Vaccination in Bombay 1924-1928 - 1924-1928
Year: 1924
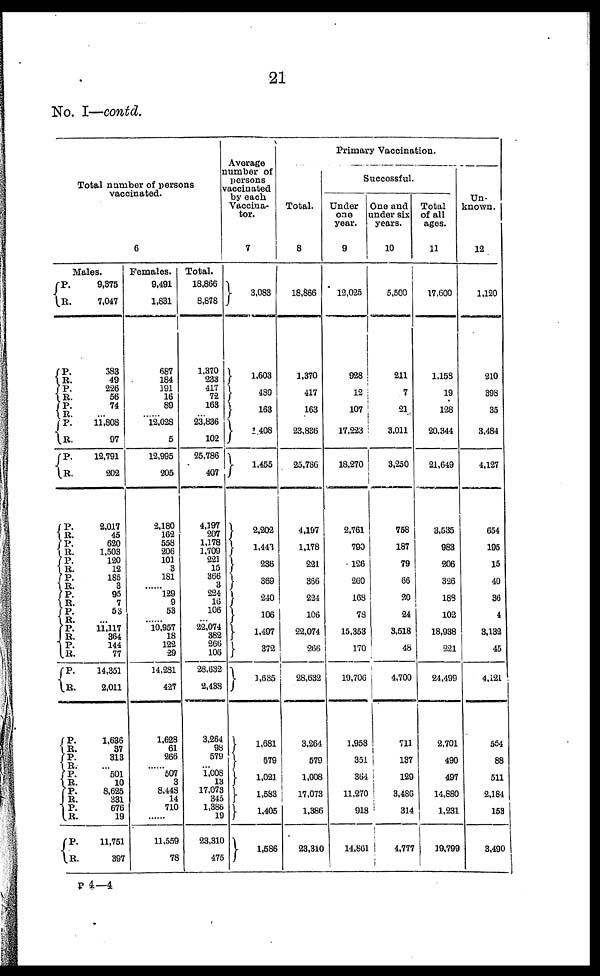
21
No. I—contd.
Total number of persons
vaccinated.
6
Males.
P.
R.
P.
R.
P.
R.
P.
R.
P.
R.
P.
R.
P.
R.
P.
R.
P.
R.
P.
R.
P.
R.
P.
R.
P.
R.
P.
R.
P.
R.
P.
R.
P.
R.
P.
R.
P.
R.
P.
R.
P.
R.
9,375
7,047
383
49
226
56
74
... 11,808
97
12,791
202
2,017
45
620
1,503
120
12
185
3
95
7
53
... 11,117
364
144
77
14,351
2,011
1,636
37
313
...
501
10
8,625
331
676
19
11,751
397
Females.
9,491
1,831
687
184
191
16
89
... 12,028
5
12,995
205
2,180
162
558
206
101
3
181
...... 129
9
53
...... 10,957
18
122
29
14,281
427
1,628
61
266
...... 507
3
8,448
14
710
......
11,559
78
Total.
18,866
8,878
1,370
233
417
72
163
... 23,836
102
25,786
407
4,197
207
1,178
1,709
221
15
366
3
224
16
106
... 22,074
382
266
106
28,632
2,438
3,264
98
579
... 1,008
13
17,073
345
1,386
19
23,310
475
Average
number of
persons
vaccinated
by each
Vaccina-
tor.
7
3,083
1,603
489
163
1,408
1,455
2,202
1,443
236
369
240
106
1,497
372
1,635
1,681
579
1,021
1,583
1,405
1,586
Primary Vaccination.
Total.
8
18,866
1,370
417
163
23,836
25,786
4,197
1,178
221
366
224
106
22,074
266
28,632
3,264
579
1,008
17,073
1,386
23,310
Successful.
Under
one
year.
9
12,025
928
12
107
17,223
18,270
2,761
790
126
260
168
78
15,353
170
19,706
1,958
351
364
11,270
918
14,861
One and
under six
years.
10
5,500
211
7
21
3,011
3,250
758
187
79
66
20
24
3,518
48
4,700
711
137
129
3,486
314
4,777
Total
of all
ages.
11
17,600
1,158
19
128
20,344
21,649
3,535
983
206
326
188
102
18,938
221
24,499
2,701
490
497
14,880
1,231
19,799
Un-
known.
12
1,120
210
398
35
3,484
4,127
654
195
15
40
36
4
3,132
45
4,121
554
88
511
2,184
153
3,490
P 4—4